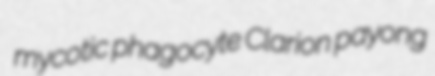
mycotic phagocyte Clarion payong